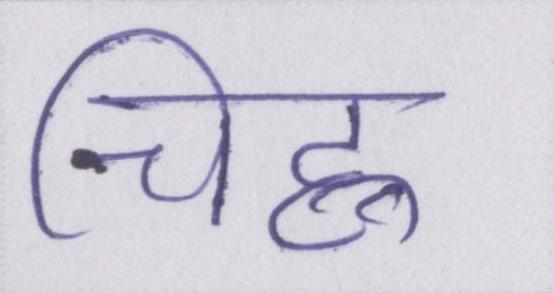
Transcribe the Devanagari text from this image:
चिह्न